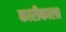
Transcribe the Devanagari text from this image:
कारीकाला